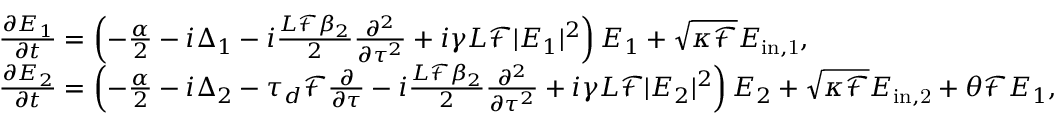
\begin{array} { r l } & { \frac { \partial E _ { 1 } } { \partial t } = \left( - \frac { \alpha } { 2 } - i \Delta _ { 1 } - i \frac { L \mathcal { F } \beta _ { 2 } } { 2 } \frac { \partial ^ { 2 } } { \partial \tau ^ { 2 } } + i \gamma L \mathcal { F } | E _ { 1 } | ^ { 2 } \right) E _ { 1 } + \sqrt { \kappa \mathcal { F } } E _ { \mathrm { i n , 1 } } , } \\ & { \frac { \partial E _ { 2 } } { \partial t } = \left( - \frac { \alpha } { 2 } - i \Delta _ { 2 } - \tau _ { d } \mathcal { F } \frac { \partial } { \partial \tau } - i \frac { L \mathcal { F } \beta _ { 2 } } { 2 } \frac { \partial ^ { 2 } } { \partial \tau ^ { 2 } } + i \gamma L \mathcal { F } | E _ { 2 } | ^ { 2 } \right) E _ { 2 } + \sqrt { \kappa \mathcal { F } } E _ { \mathrm { i n , 2 } } + \theta \mathcal { F } E _ { 1 } , } \end{array}